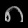
Digit: ၈